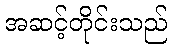
အဆင့်တိုင်းသည်